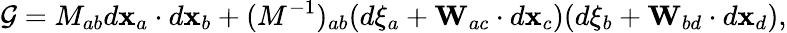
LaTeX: {\cal G}=M_{ab}d{\mathbf x}_{a}\cdot d{\mathbf x}_{b}+(M^{-1})_{ab}(d\xi_{a}+{\mathbf W}_{ac}\cdot d{\mathbf x}_{c})(d\xi_{b}+{\mathbf W}_{bd}\cdot d{\mathbf x}_{d}),